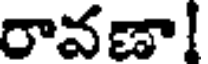
రావణా!